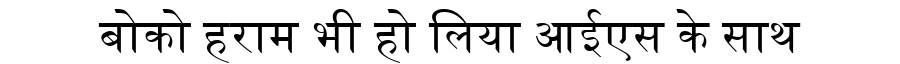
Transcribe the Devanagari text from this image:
बोको हराम भी हो लिया आईएस के साथ